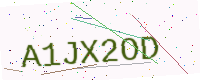
Text: A1JX2OD